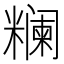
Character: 𬖺